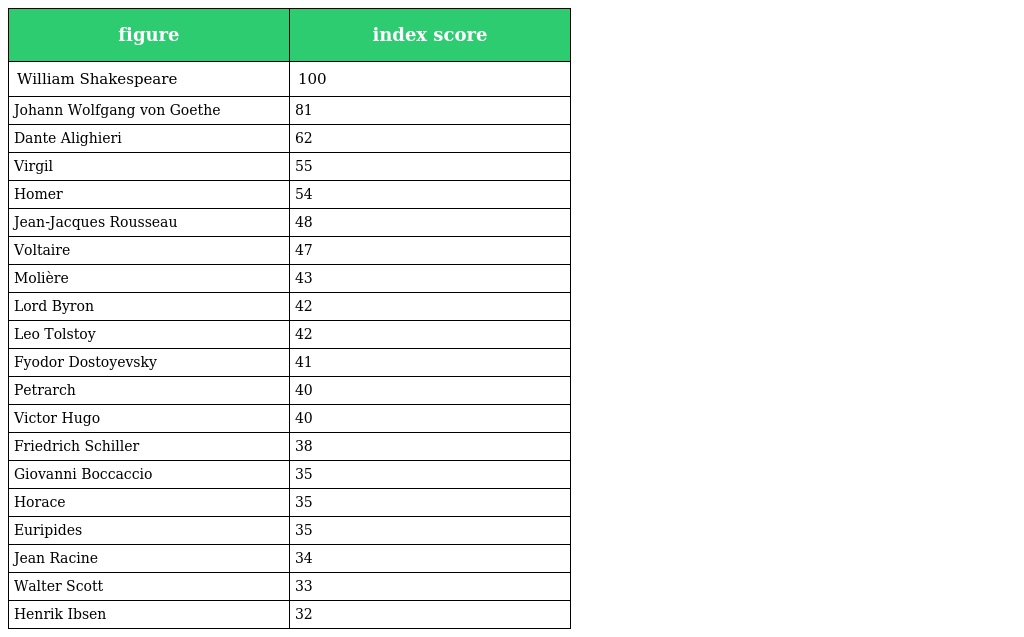
| figure | index score |
 | --- | --- |
 | William Shakespeare | 100 |
 | Johann Wolfgang von Goethe | 81 |
 | Dante Alighieri | 62 |
 | Virgil | 55 |
 | Homer | 54 |
 | Jean-Jacques Rousseau | 48 |
 | Voltaire | 47 |
 | Molière | 43 |
 | Lord Byron | 42 |
 | Leo Tolstoy | 42 |
 | Fyodor Dostoyevsky | 41 |
 | Petrarch | 40 |
 | Victor Hugo | 40 |
 | Friedrich Schiller | 38 |
 | Giovanni Boccaccio | 35 |
 | Horace | 35 |
 | Euripides | 35 |
 | Jean Racine | 34 |
 | Walter Scott | 33 |
 | Henrik Ibsen | 32 |